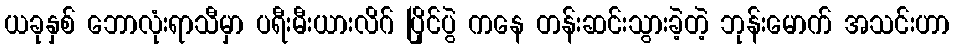
ယခုနှစ် ဘောလုံးရာသီမှာ ပရီးမီးယားလိဂ် ပြိုင်ပွဲ ကနေ တန်းဆင်းသွားခဲ့တဲ့ ဘုန်းမောက် အသင်းဟာ